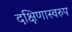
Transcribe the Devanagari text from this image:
दक्षिणास्वरुप